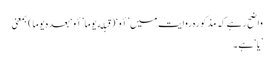
واضح رہے کہ مذکورہ روایت میں ’أو‘ (قبله یوما ’أو‘ بعدہ یوما) بمعنی
’یا‘ ہے۔